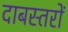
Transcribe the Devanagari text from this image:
दाबस्तरों